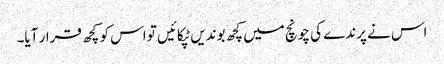
اس نے پرندے کی چونچ میں کچھ بوندیں ٹپکائیں تو اس کو کچھ قرار آیا۔